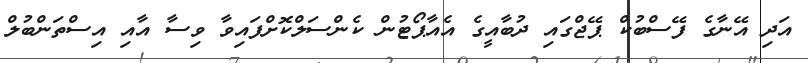
އަދި އޭނާގެ ފޭސްބުކް ޕޭޖްގައި ދުބާއީގެ އެއާޕޯޓުން ކެންސަލްކޮށްފައިވާ ވިސާ އާއި އިސްތަންބުލް